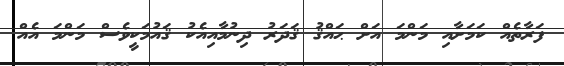
ފަރާތެއް ކަމަށާއި މަންމަ އަށް ޙައްޤު ޤަދަރު ދިނުމާއިއެކު ޤައުމަކީވެސް މަންމަ އެއް